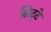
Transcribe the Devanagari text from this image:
लिट्‍टे